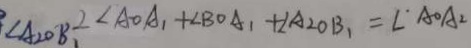
\angle A _ { 2 } O B _ { 1 } 2 \angle A O A _ { 1 } + \angle B O A _ { 1 } + \angle A _ { 2 } O B _ { 1 } = \angle A O A _ { 2 }